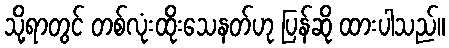
သို့ရာတွင် တစ်လုံးထိုးသေနတ်ဟု ပြန်ဆို ထားပါသည်။